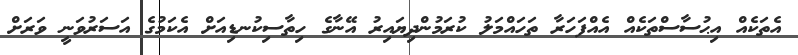
އެތަކެއް އިޙުސާސްތަކެއް އެއްފަހަރާ ތަހައްމަލު ކުރަމުންދިޔައިރު އޭނާގެ ހިތާސިކުނޑިއަށް އެކަމުގެ އަސަރުވަނީ ވަރަށް